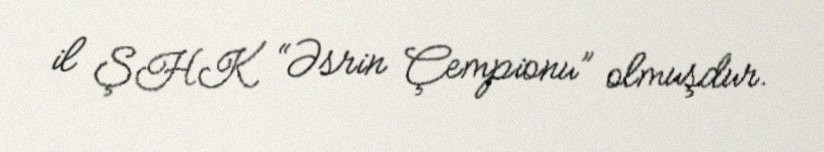
il ŞHK “Əsrin Çempionu” olmuşdur.